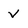
Character: v